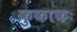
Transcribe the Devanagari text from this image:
कुकाकः